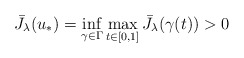
\begin{align*} \bar J_\lambda(u_*) = \inf_{\gamma\in\Gamma} \max_{t\in[0,1]} \bar J_\lambda(\gamma(t)) > 0\end{align*}